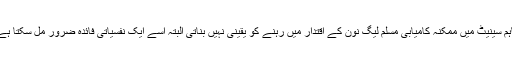
تاہم سینیٹ میں ممکنہ کامیابی مسلم لیگ نون کے اقتدار میں رہنے کو یقینی نہیں بناتی البتہ اسے ایک نفسیاتی فائدہ ضرور مل سکتا ہے۔